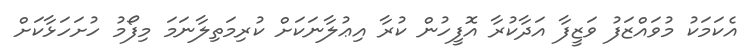
އެކަމަކު މުވައްޒަފު ވަޒީފާ އަދާކުރާ އޮފީހުން ކުރާ އިޢުލާނަކަށް ކުރިމަތިލާނަމަ މިފޯމު ހުށަހަޅާކަށް